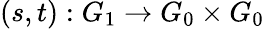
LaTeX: (s,t):G_{1}\to G_{0}\times G_{0}